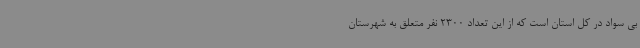
بی سواد در کل استان است که از این تعداد 2300 نفر متعلق به شهرستان